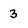
Character: 3